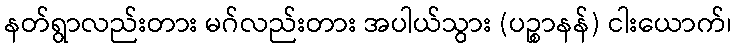
နတ်ရွာလည်းတား မဂ်လည်းတား အပါယ်သွား (ပဉ္စာနန်) ငါးယောက်၊